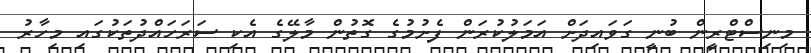
މިނިސްޓްރީން ބުނީ ގަވައިދަށް އަމަލުކުރަން ފެށުމުގެ ގޮތުން މާލޭގެ އެކި ސަރަހައްދުތަކުގައި މިހާރު